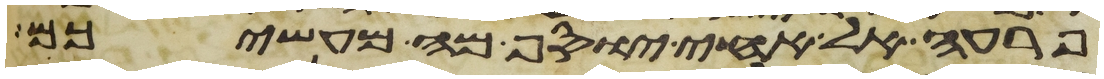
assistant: פרעה אל אחי יוסף מה מעשיכם